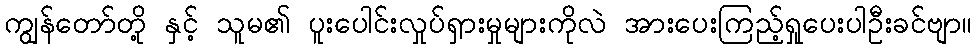
ကျွန်တော်တို့ နှင့် သူမ၏ ပူးပေါင်းလှုပ်ရှားမှုများကိုလဲ အားပေးကြည့်ရှုပေးပါဦးခင်ဗျာ။